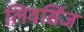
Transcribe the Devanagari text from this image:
लिवर्सिज